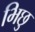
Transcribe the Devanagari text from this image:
भिछु